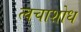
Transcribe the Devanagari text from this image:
त्वचाशोध